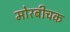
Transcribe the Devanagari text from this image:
मोरबीचक